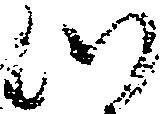
つ